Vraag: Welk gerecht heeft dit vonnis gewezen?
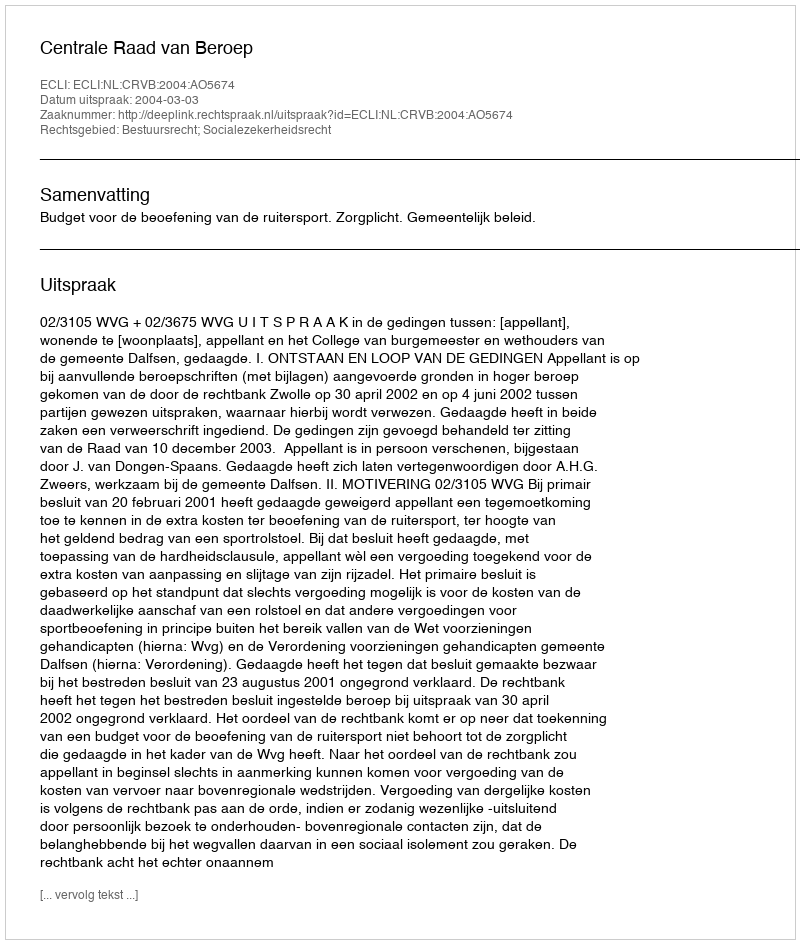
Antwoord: Centrale Raad van Beroep